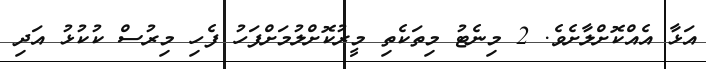
އަޅާ އެއްކޮށްލާށެވެ. 2 މިނެޓު މިތަކެތި މީރުކޮށްލުމަށްފަހު ފެހި މިރުސް ކުކުޅު އަދި